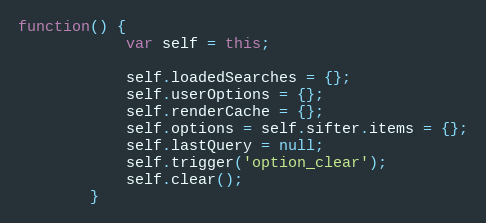
Language: JavaScript
function() {
			var self = this;

			self.loadedSearches = {};
			self.userOptions = {};
			self.renderCache = {};
			self.options = self.sifter.items = {};
			self.lastQuery = null;
			self.trigger('option_clear');
			self.clear();
		}